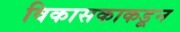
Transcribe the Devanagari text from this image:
विकासकाकडून